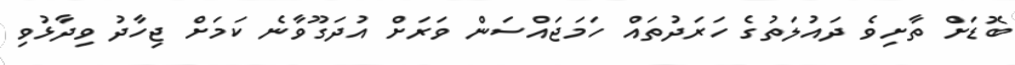
ބޮޑަށް ތާށިވެ ދައުލަތުގެ ހަރަދުތައް ހަމަޖައްސަން ވަރަށް އުދަގޫވާނެ ކަމަށް ޖިހާދު ވިދާޅުވި